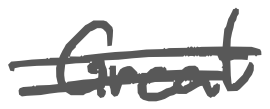
Text: Great
Cross-out: double-line
Writing tool: digital_gray